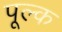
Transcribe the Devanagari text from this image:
पूल्क